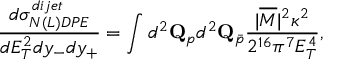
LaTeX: \frac { d \sigma _ { N ( L ) D P E } ^ { d i j e t } } { d E _ { T } ^ { 2 } d y _ { - } d y _ { + } } = \int d ^ { 2 } { \bf Q } _ { p } d ^ { 2 } { \bf Q } _ { \bar { p } } \frac { | \overline { { { { \cal M } } } } | ^ { 2 } \kappa ^ { 2 } } { 2 ^ { 1 6 } \pi ^ { 7 } E _ { T } ^ { 4 } } ,